Annual report of the Central Committee of the Association together with the report of the directors of the Pasteur Institute at Kasauli
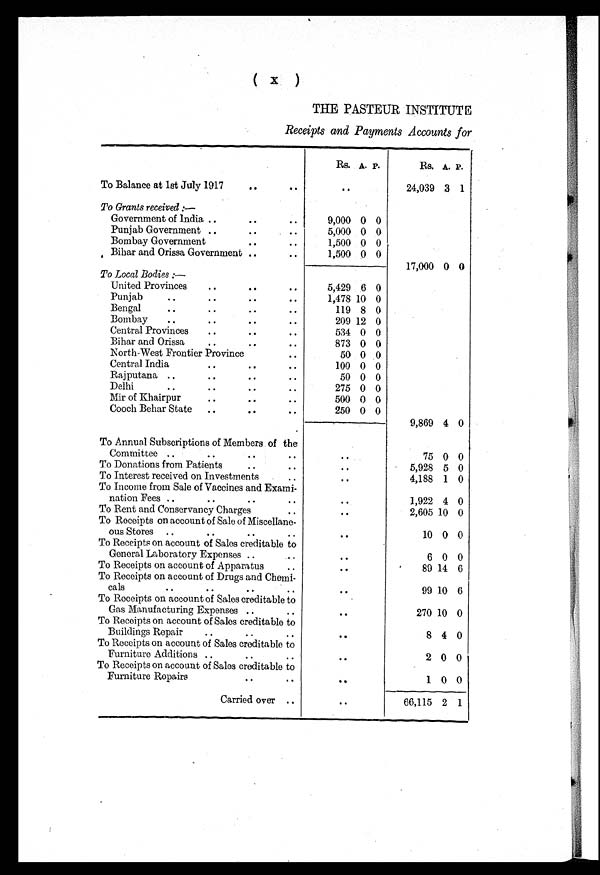
( x )
THE PASTEUR INSTITUT E
Receipts and Payments Accounts for
Rs. A. P.
Rs. A. P.
To Balance at 1st July 1917
..
24,039 3 1
To Grants received : —
Government of India
9,000 0 0
Punjab Government
5,000 0 0
Bombay Government
1,500 0 0
Bihar and Orissa Government
1,500 0 0
17,000 0 0
To Local Bodies : —
United Provinces
5,429 6 0
Punjab
1,478 10 0
Bengal
119 8 0
Bombay
209 12 0
Central Provinces
534 0 0
Bihar and Orissa
873 0 0
North-West Frontier Province
50 0 0
Central India
100 0 0
Rajputana
50 0 0
Delhi
275 0 0
Mir of Khairpur
500 0 0
Cooch Behar State
250 0 0
9,869 4 0
To Annual Subscriptions of Members of the
Committee
..
75 0 0
To Donations from Patients..
..
5,928 5 0
To Interest received on Investments
..
4,188 1 0
To Income from Sale of Vaccines and Exami-
nation Fees
..
1,922 4 0
To Rent and Conservancy Charges
..
2,605 10 0
To Receipts on account of Sale of Miscellane-
ous Stores
..
10 0 0
To Receipts on account of Sales creditable to
General Laboratory Expenses
..
6 0 0
To Receipts on account of Apparatus
..
89 14 6
To Receipts on account of Drugs and Chemi-
cals
..
99 10 6
To Receipts on account of Sales creditable to
Gas Manufacturing Expenses
..
270 10 0
To Receipts on account of Sales creditable to
Buildings Repair
..
8 4 0
To Receipts on account of Sales creditable to
Furniture Additions
..
2 0 0
To Receipts on account of Sales creditable to
Furniture Repairs
..
1 0 0
Carried over
..
66,115 2 1
•••••f•••••••n••.